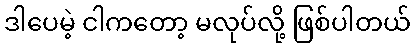
ဒါပေမဲ့ ငါကတော့ မလုပ်လို့ ဖြစ်ပါတယ်